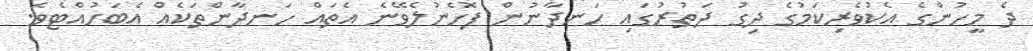
ދެ މީހުންގެ އެކުވެރިކަމުގެ ދިގު ދަތުރުގައި ހަނދާނުން ފޮހެނުލެވޭނެ އެތައް ހަނދާންތަކެއް އެބަހުއްޓެވެ.